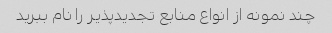
چند نمونه از انواع منابع تجدیدپذیر را نام ببرید